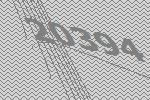
20394